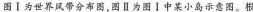
图Ⅰ为世界风带分布图，图Ⅱ为图Ⅰ中某小岛示意图。根